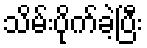
သိမ်းပိုက်ခဲ့ပြီး